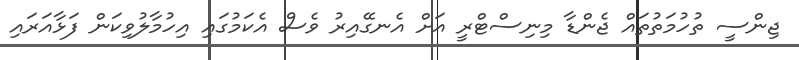
ޖިންސީ ތުހުމަތުތައް ޖެންޑާ މިނިސްޓްރީ އަށް އެނގޭއިރު ވެސް އެކަމުގައި އިހުމާލުވިކަން ފަޅާއަރައި